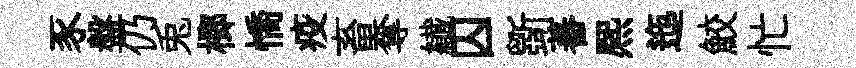
豕盤仍兎榔憍疫畜奪纎囚斵蕃熈迤鮫忙